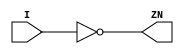
// ================================================================
// NVDLA Open Source Project
// 
// Copyright(c) 2016 - 2017 NVIDIA Corporation.  Licensed under the
// NVDLA Open Hardware License; Check "LICENSE" which comes with 
// this distribution for more information.
// ================================================================


module  PGAOPV_INVD2PO4 (
	 I
	,ZN
	);


input	 I ;
output	 ZN ;

assign ZN = ~I;

endmodule